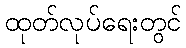
ထုတ်လုပ်ရေးတွင်